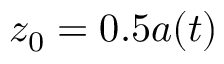
z _ { 0 } = 0 . 5 a ( t )